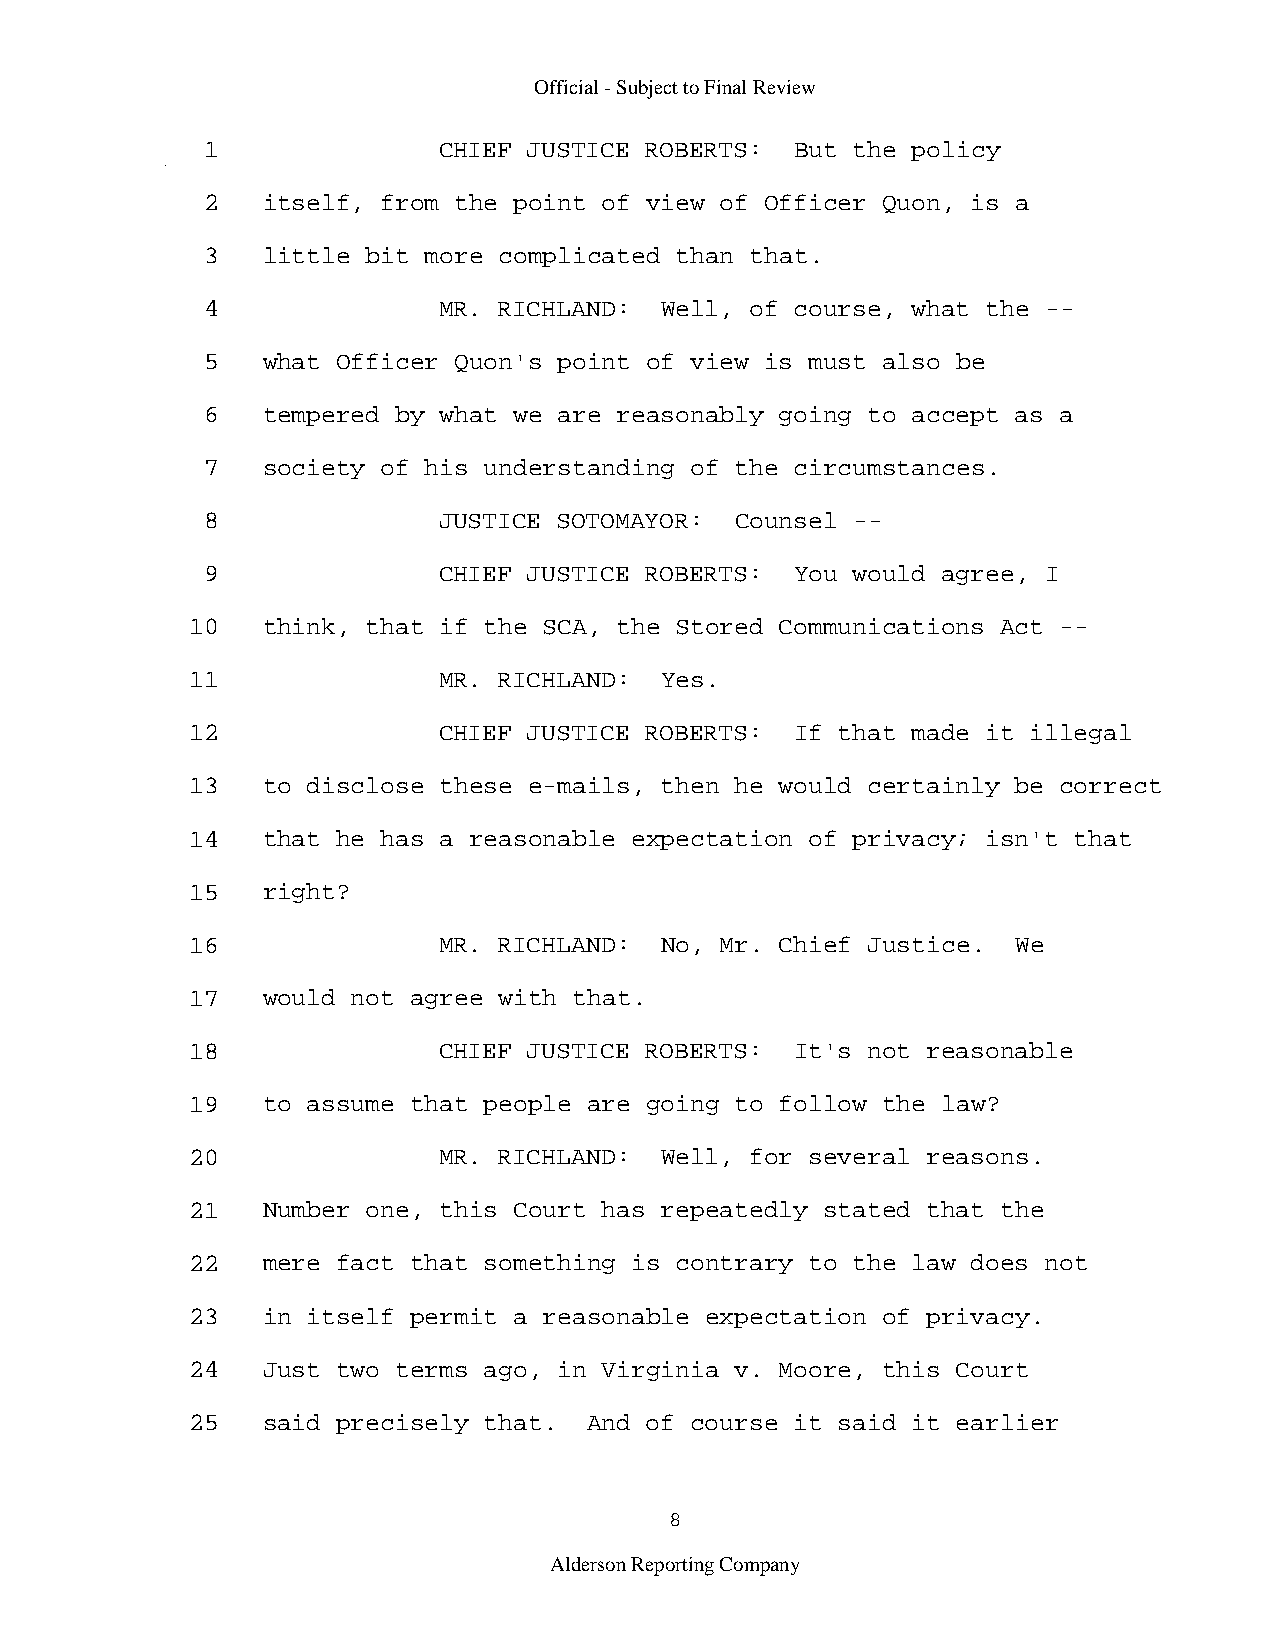
Official - Subject to Final Review
 1               CHIEF JUSTICE ROBERTS:  But the policy
 2   itself, from the point of view of Officer Quon, is a
 3   little bit more complicated than that.
 4               MR. RICHLAND:  Well, of course, what the --
 5   what Officer Quon's point of view is must also be
 6   tempered by what we are reasonably going to accept as a
 7   society of his understanding of the circumstances.
 8               JUSTICE SOTOMAYOR:  Counsel --
 9               CHIEF JUSTICE ROBERTS:  You would agree, I
 10   think, that if the SCA, the Stored Communications Act --
 11               MR. RICHLAND:  Yes.
 12               CHIEF JUSTICE ROBERTS:  If that made it illegal
 13   to disclose these e-mails, then he would certainly be correct
 14   that he has a reasonable expectation of privacy; isn't that
 15   right?
 16               MR. RICHLAND:  No, Mr. Chief Justice. We
 17   would not agree with that.
 18               CHIEF JUSTICE ROBERTS:  It's not reasonable
 19   to assume that people are going to follow the law?
 20               MR. RICHLAND:  Well, for several reasons.
 21   Number one, this Court has repeatedly stated that the
 22   mere fact that something is contrary to the law does not
 23   in itself permit a reasonable expectation of privacy.
 24   Just two terms ago, in Virginia v. Moore, this Court
 25   said precisely that.  And of course it said it earlier
 8
 Alderson Reporting Company